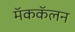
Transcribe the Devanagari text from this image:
मॅककॅलन